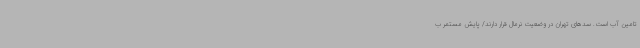
تامین آب است. سدهای تهران در وضعیت نرمال قرار دارند/ پایش مستمر ب